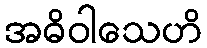
အဓိဝါသေဟိ